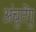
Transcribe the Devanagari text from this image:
अंचुतेंगु